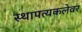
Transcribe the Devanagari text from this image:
स्थापत्यकलेवर